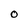
Character: O